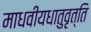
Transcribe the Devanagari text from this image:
माधवीयधातुवृत्ति